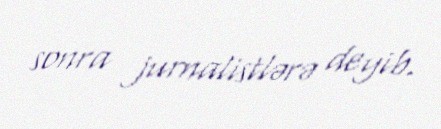
sonra jurnalistlərə deyib.